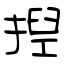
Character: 揑